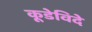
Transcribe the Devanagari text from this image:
कूडेविदे